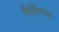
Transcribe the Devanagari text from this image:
लिग्निनच्य